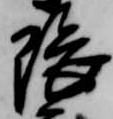
隈